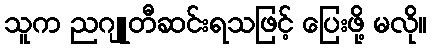
သူက ညဂျူတီဆင်းရသဖြင့် ပြေးဖို့ မလို။